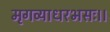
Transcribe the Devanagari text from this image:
मृगव्याधरभसः।।